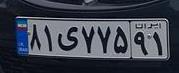
۸۱ی۷۷۵۹۱